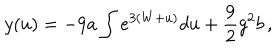
y ( u ) = - 9 a \int e ^ { 3 ( W + u ) } d u + \frac 9 2 g ^ { 2 } b \, ,